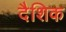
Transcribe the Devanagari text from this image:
दैशिक